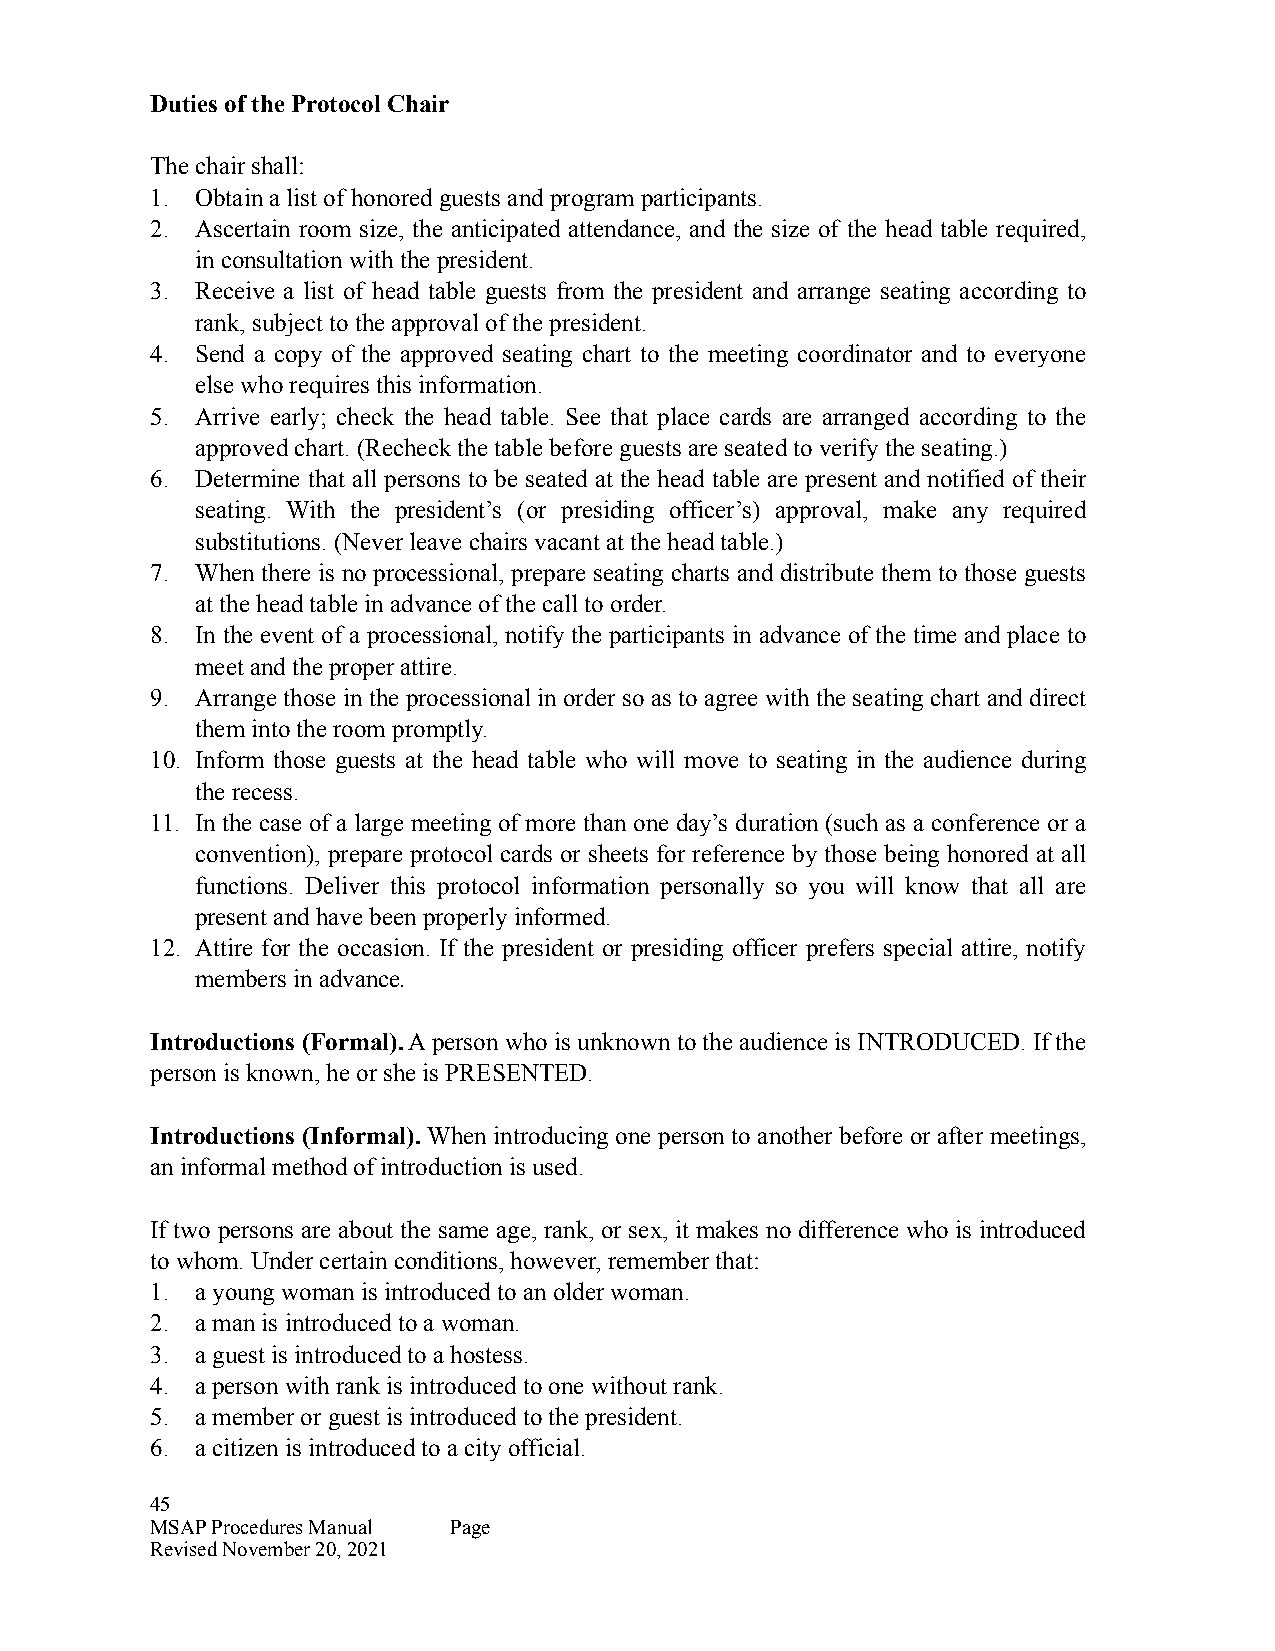
Duties of the Protocol Chair
 The chair shall:
 1. Obtain a list of honored guests and program participants.
 2. Ascertain room size, the anticipated attendance, and the size of the head table required,
 in consultation with the president.
 3. Receive a list of head table guests from the president and arrange seating according to
 rank, subject to the approval of the president.
 4. Send a copy of the approved seating chart to the meeting coordinator and to everyone
 else who requires this information.
 5. Arrive early; check the head table. See that place cards are arranged according to the
 approved chart. (Recheck the table before guests are seated to verify the seating.)
 6. Determine that all persons to be seated at the head table are present and notified of their
 seating. With the president’s (or presiding officer’s) approval, make any required
 substitutions. (Never leave chairs vacant at the head table.)
 7. When there is no processional, prepare seating charts and distribute them to those guests
 at the head table in advance of the call to order.
 8. In the event of a processional, notify the participants in advance of the time and place to
 meet and the proper attire.
 9. Arrange those in the processional in order so as to agree with the seating chart and direct
 them into the room promptly.
 10. Inform those guests at the head table who will move to seating in the audience during
 the recess.
 11. In the case of a large meeting of more than one day’s duration (such as a conference or a
 convention), prepare protocol cards or sheets for reference by those being honored at all
 functions. Deliver this protocol information personally so you will know that all are
 present and have been properly informed.
 12. Attire for the occasion. If the president or presiding officer prefers special attire, notify
 members in advance.
 Introductions (Formal). A person who is unknown to the audience is INTRODUCED. If the
 person is known, he or she is PRESENTED.
 Introductions (Informal). When introducing one person to another before or after meetings,
 an informal method of introduction is used.
 If two persons are about the same age, rank, or sex, it makes no difference who is introduced
 to whom. Under certain conditions, however, remember that:
 1. a young woman is introduced to an older woman.
 2. a man is introduced to a woman.
 3. a guest is introduced to a hostess.
 4. a person with rank is introduced to one without rank.
 5. a member or guest is introduced to the president.
 6. a citizen is introduced to a city official.
 45
 MSAP Procedures Manual Page
 Revised November 20, 2021